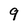
Character: 9